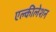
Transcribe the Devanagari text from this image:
एल्कीलेशन